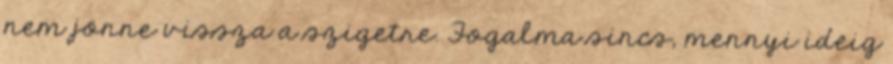
nem jönne vissza a szigetre. Fogalma sincs, mennyi ideig